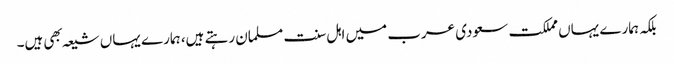
بلکہ ہمارے یہاں مملکت سعودی عرب میں اہل سنت مسلمان رہتے ہیں، ہمارے یہاں شیعہ بهی ہیں۔